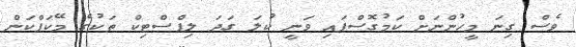
ވެސް ގިނަ މީހުންނަށް ކަމުގޮސްފައި ވަނީ ކުލަ ގަދަ ލިޕްސްޓިކް ތަކުގެ މޭކަޕްކަން